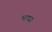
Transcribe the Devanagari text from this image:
भाष्य।